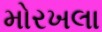
મોરખલા